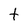
Character: t